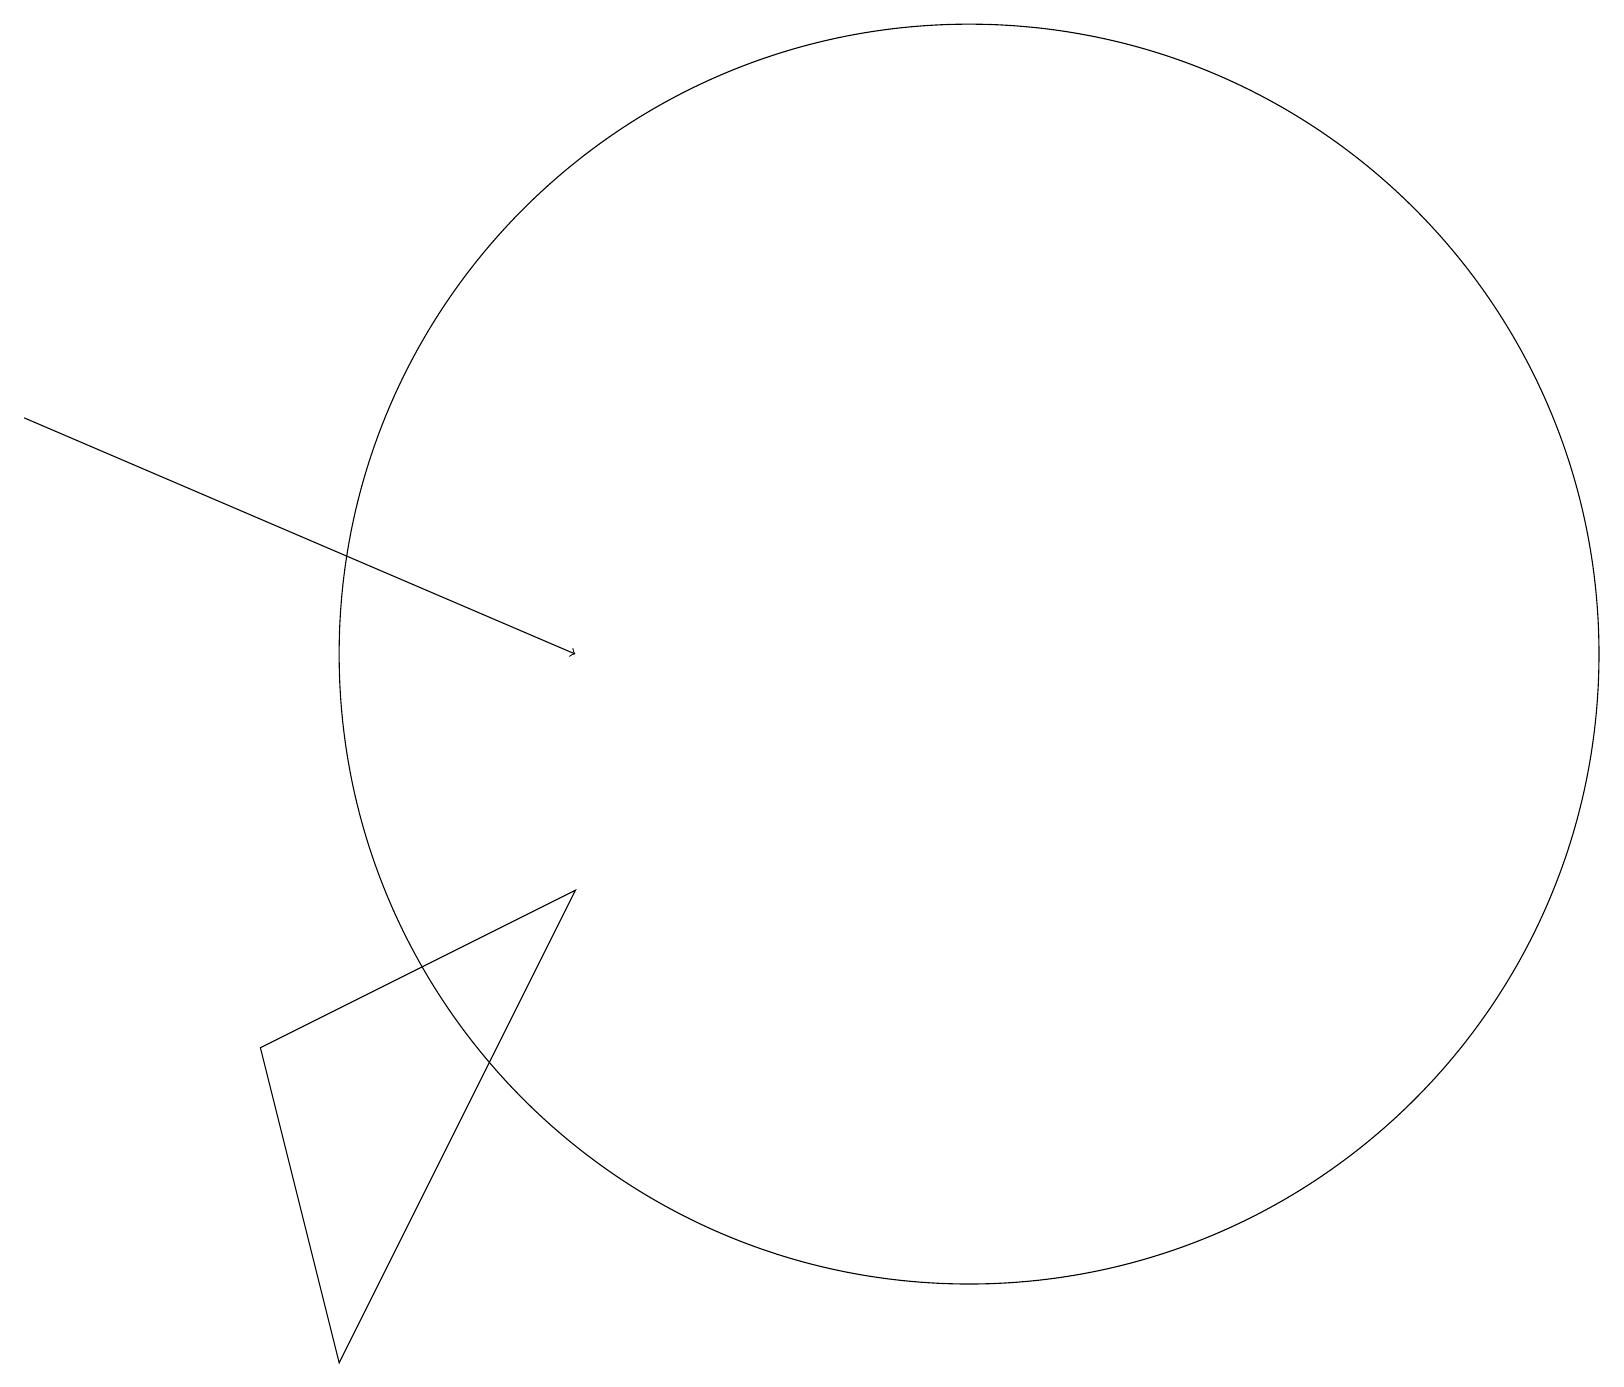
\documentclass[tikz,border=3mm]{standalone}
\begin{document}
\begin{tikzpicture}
\draw[->] (0,14) -- (7,11);
\draw (12,11) circle (8);
\draw (4,2) -- (3,6) -- (7,8) -- cycle;
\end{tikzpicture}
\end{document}